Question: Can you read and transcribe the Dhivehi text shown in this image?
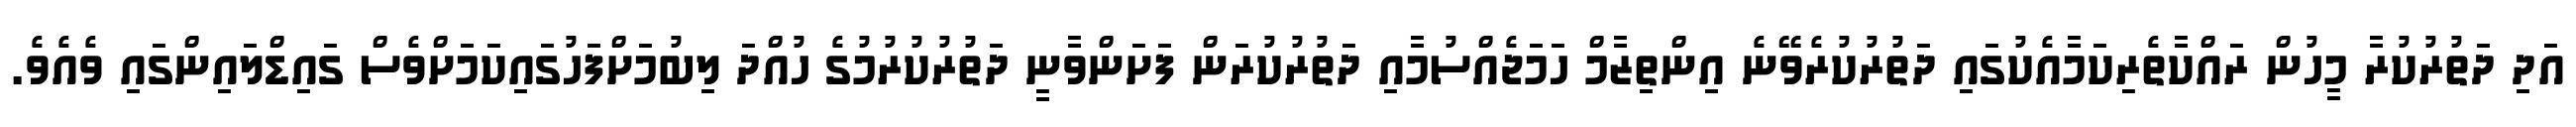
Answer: އަދި ދަތުރުކުރާ މީހުން ރައްކާތެރިކަމާއެކުގައި ދަތުރުކުރެވޭނެ އިންތިޒާމް ހަމަޖެއްސުމާއި ދަތުރުކުރަން ފަށަންވާނީ ދަތުރުކުރުމުގެ ހުއްދަ ލިބުމަށްފަހުގައިކަމަށްވެސް ގައިޑްލައިންގައި ވެއެވެ.